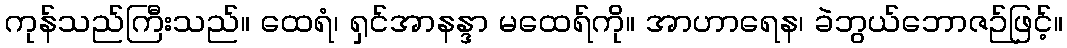
ကုန်သည်ကြီးသည်။ ထေရံ၊ ရှင်အာနန္ဒာ မထေရ်ကို။ အာဟာရေန၊ ခဲဘွယ်ဘောဇဉ်ဖြင့်။